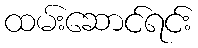
ထမ်းဆောင်ရင်း